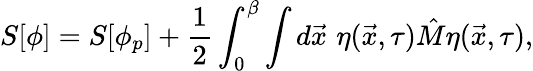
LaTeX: S[\phi]=S[\phi_{p}]+\frac{1}{2}\int_{0}^{\beta}\int d\vec{x}\, \, \eta(\vec{x},\tau)\hat{M}\eta(\vec{x},\tau),